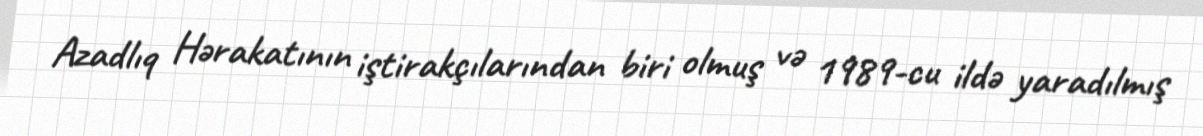
Azadlıq Hərakatının iştirakçılarından biri olmuş və 1989-cu ildə yaradılmış